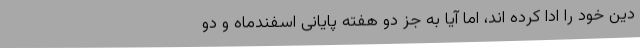
دین خود را ادا کرده اند، اما آیا به جز دو هفته پایانی اسفندماه و دو